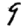
Digit: 9